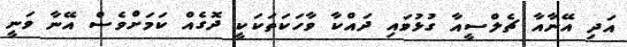
އަދި އޭނާއާ ޗެލްސީއާ ގުޅުވައި ދައްކާ ވާހަކަތަކަކީ ދޮގެއް ކަމަށްވެސް އޭނާ ވަނީ